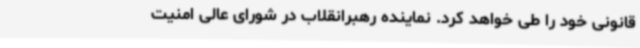
قانونی خود را طی خواهد کرد. نماینده رهبرانقلاب در شورای عالی امنیت